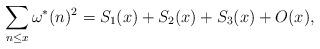
LaTeX: \begin{align*}\sum_{n\le x}\omega^*(n)^2=S_1(x)+S_2(x)+S_3(x)+O(x),\end{align*}